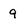
Character: 9